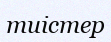
тиістер